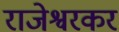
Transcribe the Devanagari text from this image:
राजेश्वरकर